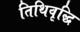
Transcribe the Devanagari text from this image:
तिथिवृद्धि